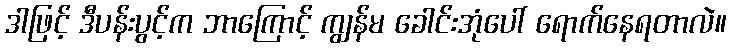
ဒါဖြင့် ဒီပန်းပွင့်က ဘာကြောင့် ကျွန်မ ခေါင်းအုံပေါ် ရောက်နေရတာလဲ။